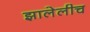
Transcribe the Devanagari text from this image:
झालेलीच